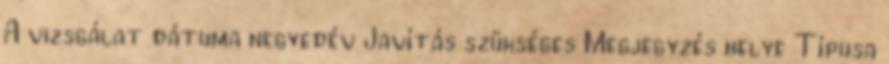
A vizsgálat dátuma negyedév Javítás szükséges Megjegyzés helye Típusa